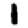
Digit: 1